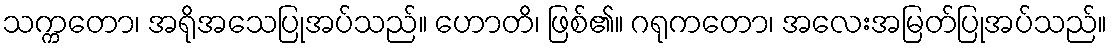
သက္ကတော၊ အရိုအသေပြုအပ်သည်။ ဟောတိ၊ ဖြစ်၏။ ဂရုကတော၊ အလေးအမြတ်ပြုအပ်သည်။